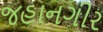
જહાનગીર